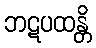
ဘဋပထန္တိ